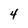
Character: 4